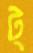
ট্